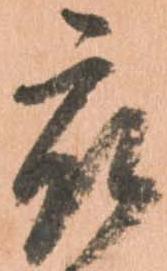
被